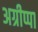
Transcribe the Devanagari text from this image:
अग्रीप्पा